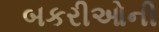
બકરીઓની